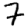
Digit: 7